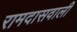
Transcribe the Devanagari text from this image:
रामदासवाली